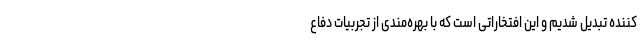
کننده تبدیل شدیم و این افتخاراتی است که با بهره‌مندی از تجربیات دفاع